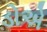
ડોએ